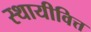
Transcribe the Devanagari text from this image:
स्थायीवित्त